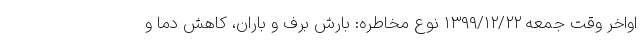
اواخر وقت جمعه ۱۳۹۹/۱۲/۲۲ نوع مخاطره: بارش برف و باران، کاهش دما و